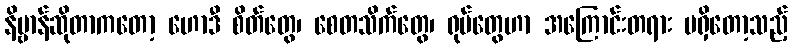
နိဗ္ဗာန်ဆိုတာကတော့ ဟောဒီ စိတ်တွေ၊ စေတသိက်တွေ၊ ရုပ်တွေဟာ အကြောင်းတရား မရှိတော့သည့်